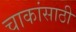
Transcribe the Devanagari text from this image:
चाकांसाठी